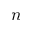
n